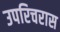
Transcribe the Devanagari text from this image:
उपरिचरास